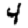
Digit: 4